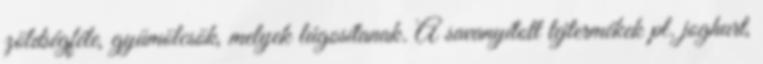
zöldségféle, gyümölcsök, melyek lúgosítanak. A savanyított tejtermékek pl. joghurt,